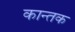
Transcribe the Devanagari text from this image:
कान्तक